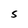
Character: S